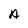
Character: A